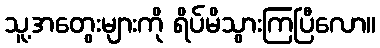
သူ့အတွေးများကို ရိပ်မိသွားကြပြီလော။